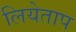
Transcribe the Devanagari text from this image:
लियेताप